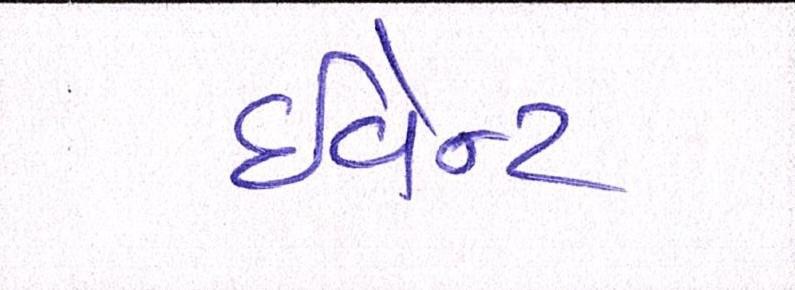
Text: ઈવેન્ટ